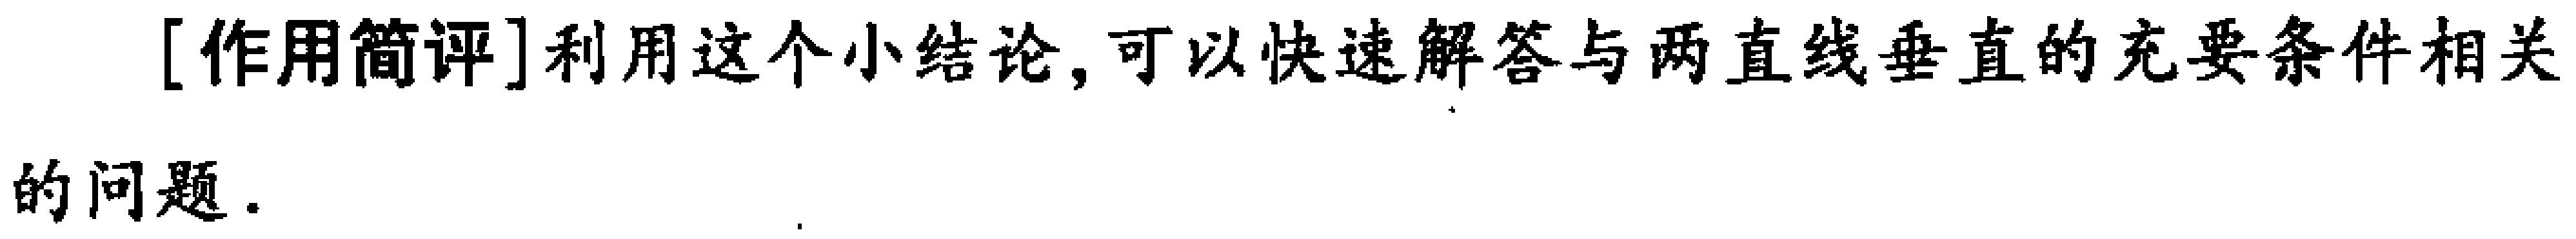
[作用简评]利用这个小结论,可以快速解答与两直线垂直的充要条件相关的问题.